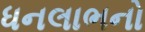
ધનલાભનો